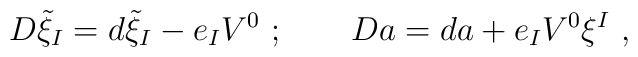
D\tilde\xi_I =  d \tilde\xi_I-e_IV^0 \ ; \qquad  Da =  d  a + e_IV^0\xi^I \ ,